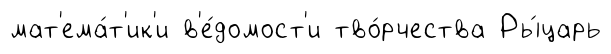
мат'ема́т'ик'и в'е́домост'и тво́рчества Ры́царь